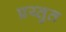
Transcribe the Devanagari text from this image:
प्रय्तुत